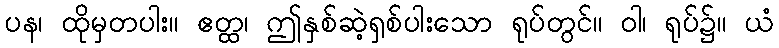
ပန၊ ထိုမှတပါး။ ဧတ္ထ၊ ဤနှစ်ဆဲ့ရှစ်ပါးသော ရုပ်တွင်။ ဝါ၊ ရုပ်၌။ ယံ